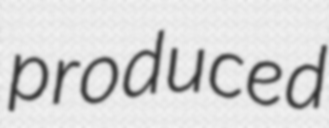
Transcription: produced